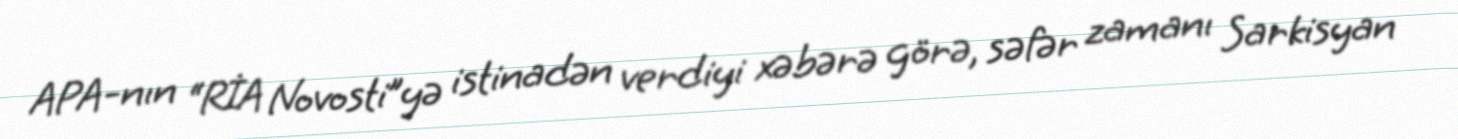
APA-nın “RİA Novosti”yə istinadən verdiyi xəbərə görə, səfər zamanı Sarkisyan